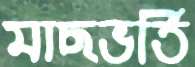
মাছভর্তি